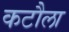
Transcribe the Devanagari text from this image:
कटौला